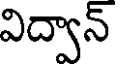
విద్వాన్